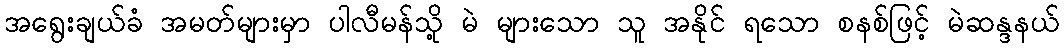
အရွေးချယ်ခံ အမတ်များမှာ ပါလီမန်သို့ မဲ များသော သူ အနိုင် ရသော စနစ်ဖြင့် မဲဆန္ဒနယ်